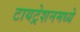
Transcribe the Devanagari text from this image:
टायट्रेशनमध्ये